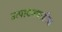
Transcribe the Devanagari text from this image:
उत्पादनवाढीस